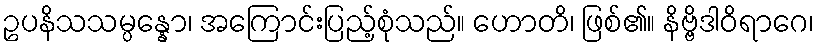
ဥပနိသသမ္ပန္နော၊ အကြောင်းပြည့်စုံသည်။ ဟောတိ၊ ဖြစ်၏။ နိဗ္ဗိဒါဝိရာဂေ၊